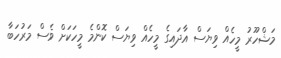
މަޝްހޫރު މީހެއް ވިޔަސް އާދައިގެ މީހެއް ވިޔަސް ކޮންމެ މީހަކަށް ވެސް މަރުހަބާ